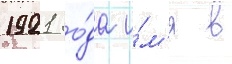
1921 го́да и́м'я в